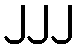
၂၂၂